DOW-UAP-D48, Department of the Air Force Report, 1996
Agency: Department of War
Incident date: 9/10/96
Page 120
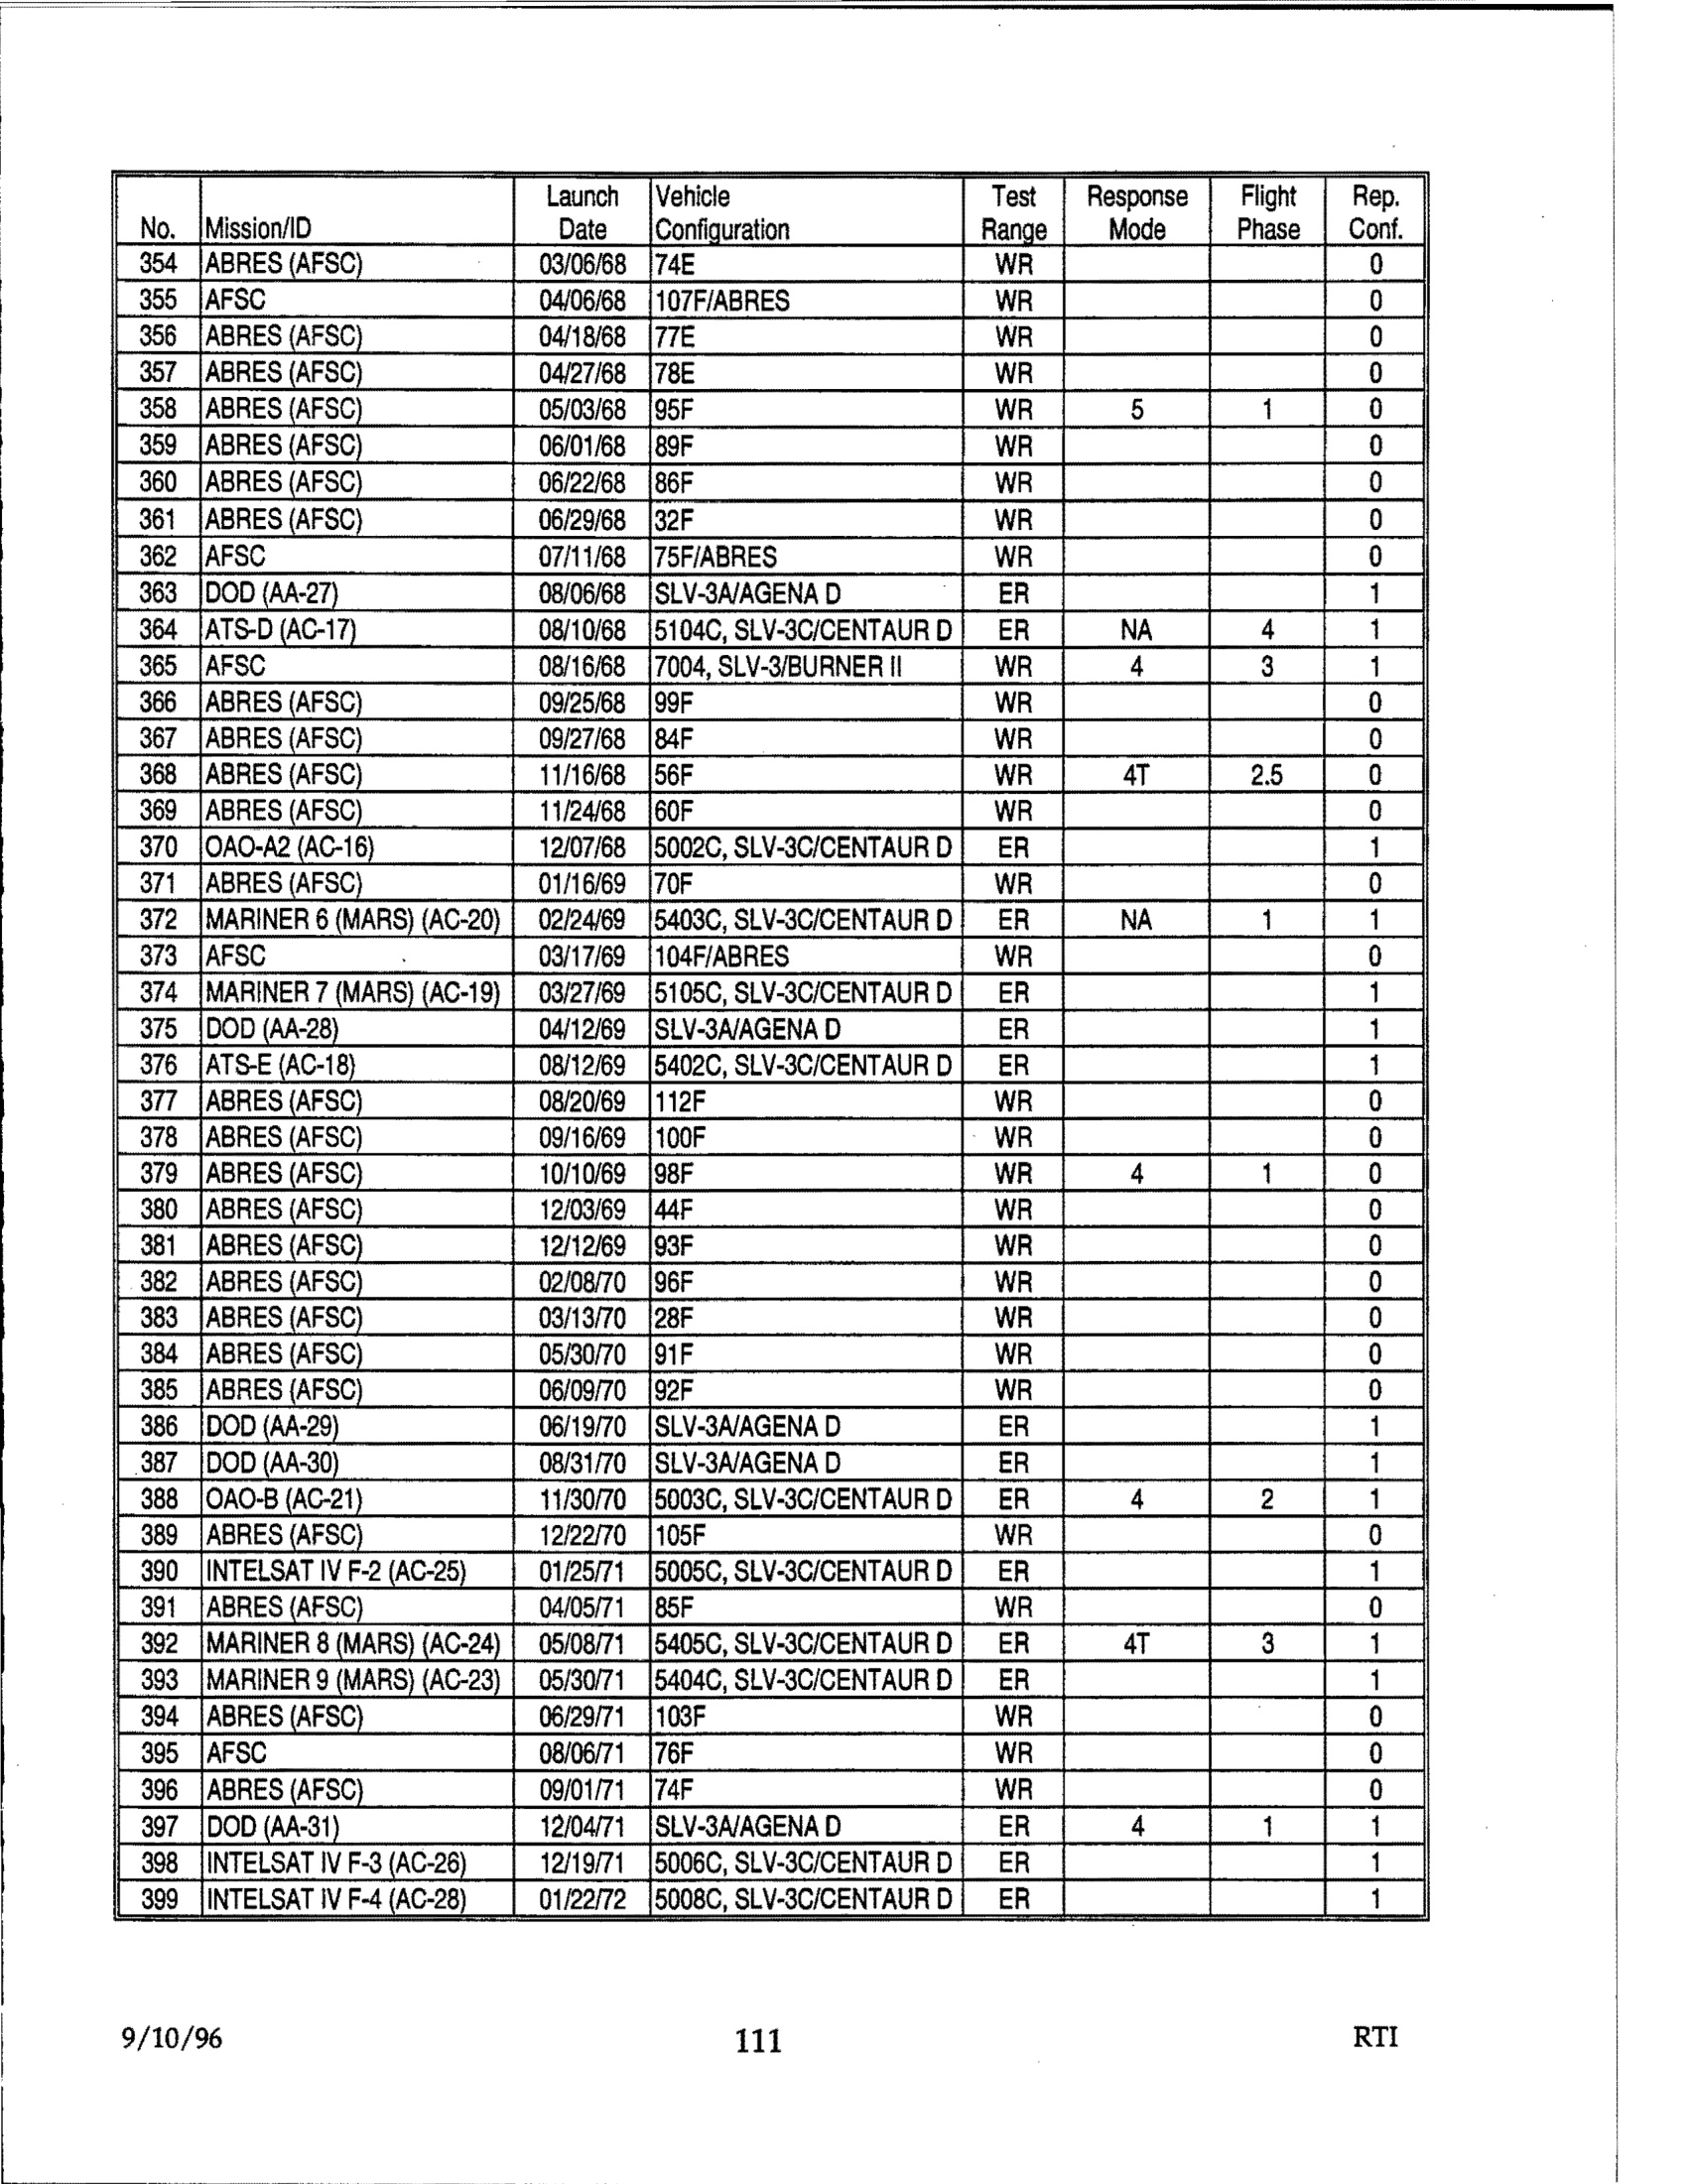